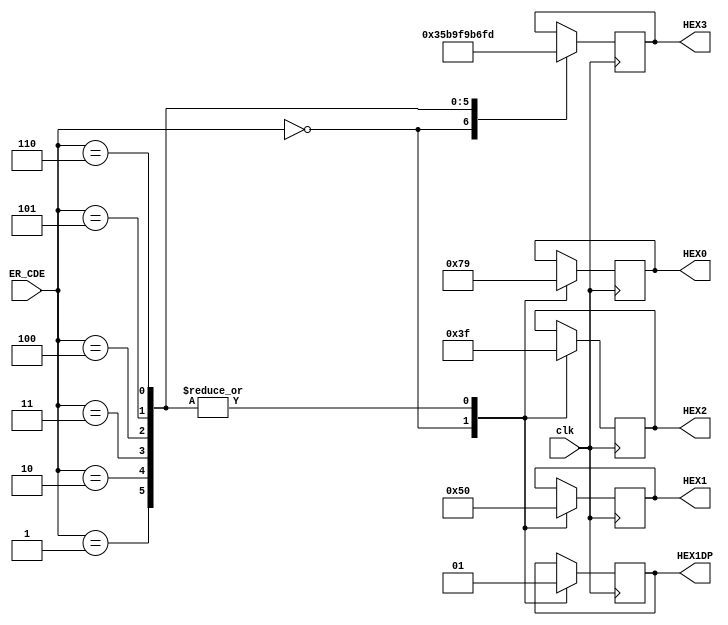
module ER_CDE_Handler(ER_CDE, clk, HEX0, HEX1, HEX2, HEX3, HEX1DP);
input[7:0] ER_CDE;
input clk;
output reg[6:0] HEX0, HEX1, HEX2, HEX3;
output reg HEX1DP;
always @(posedge clk) begin
case (ER_CDE[7:0])
8'b00000000: begin 
HEX0 = 7'b0000000;
HEX1 = 7'b0000000;
HEX2 = 7'b0000000;
HEX3 = 7'b0000000;
HEX1DP = 1'b0; end
8'b00000001: begin 
HEX0 = 7'b1111001;
HEX1 = 7'b1010000; 
HEX2 = 7'b0111111;
HEX3 = 7'b0000110;
HEX1DP = 1'b1; end
8'b00000010: begin 
HEX0 = 7'b1111001;
HEX1 = 7'b1010000; 
HEX2 = 7'b0111111;
HEX3 = 7'b1011011; 
HEX1DP = 1'b1; end
8'b00000011: begin 
HEX0 = 7'b1111001;
HEX1 = 7'b1010000; 
HEX2 = 7'b0111111;
HEX3 = 7'b1001111; 
HEX1DP = 1'b1; end
8'b00000100: begin 
HEX0 = 7'b1111001;
HEX1 = 7'b1010000; 
HEX2 = 7'b0111111;
HEX3 = 7'b1100110;
HEX1DP = 1'b1; end
8'b00000101: begin 
HEX0 = 7'b1111001;
HEX1 = 7'b1010000; 
HEX2 = 7'b0111111;
HEX3 = 7'b1101101;
HEX1DP = 1'b1; end
8'b00000110: begin 
HEX0 = 7'b1111001;
HEX1 = 7'b1010000; 
HEX2 = 7'b0111111;
HEX3 = 7'b1111101;
HEX1DP = 1'b1; end
endcase
end
endmodule